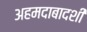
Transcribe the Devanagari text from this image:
अहमदाबादशी